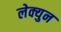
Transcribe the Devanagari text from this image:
लेक्युन